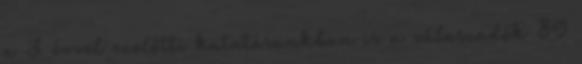
a 3 évvel ezelőtti kutatásunkban is a válaszadók 89